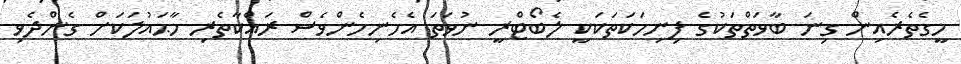
މީގެތެރެއިން ގިނަ ބާވަތްތަކުގެ ފިނިހަކަތަކަކީ ލެބޯޓްރީ ނުވަތަ އެހެނިހެންވެސް ރައްކާތެރި މާޙައުލަކަށް ގެންދެވި